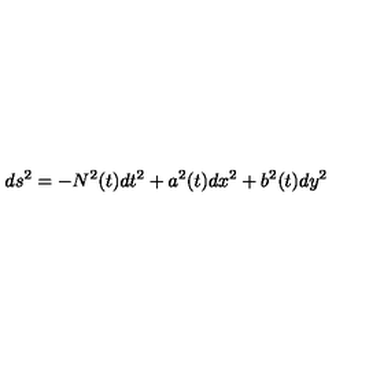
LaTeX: d s ^ { 2 } = - N ^ { 2 } ( t ) d t ^ { 2 } + a ^ { 2 } ( t ) d x ^ { 2 } + b ^ { 2 } ( t ) d y ^ { 2 }